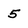
Character: 5